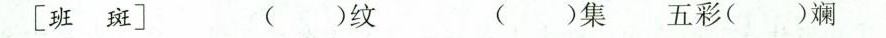
[班 斑] ()纹 ()集 五彩()斓